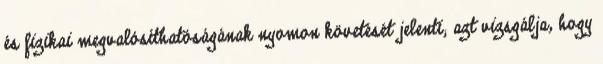
és fizikai megvalósíthatóságának nyomon követését jelenti; azt vizsgálja, hogy